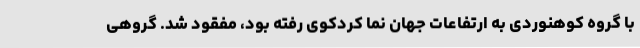
با گروه کوهنوردی به ارتفاعات جهان نما کردکوی رفته بود، مفقود شد. گروهی